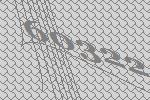
60322